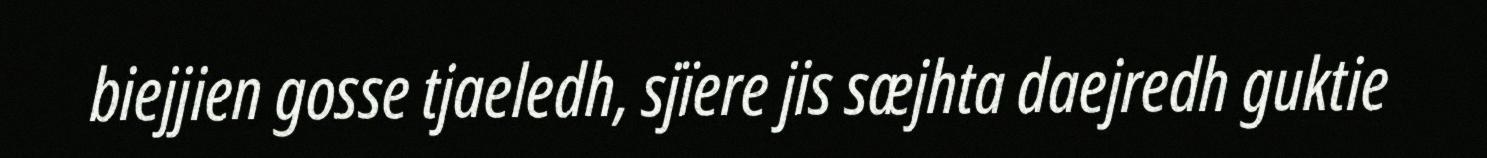
biejjien gosse tjaeledh, sjïere jis sæjhta daejredh guktie